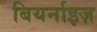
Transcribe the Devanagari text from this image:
बियर्नाइज़